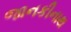
જાનકીનાથ